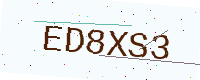
Text: ED8XS3